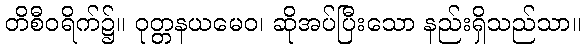
တိစီဝရိက်၌။ ဝုတ္တနယမေဝ၊ ဆိုအပ်ပြီးသော နည်းရှိသည်သာ။